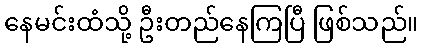
နေမင်းထံသို့ ဦးတည်နေကြပြီ ဖြစ်သည်။